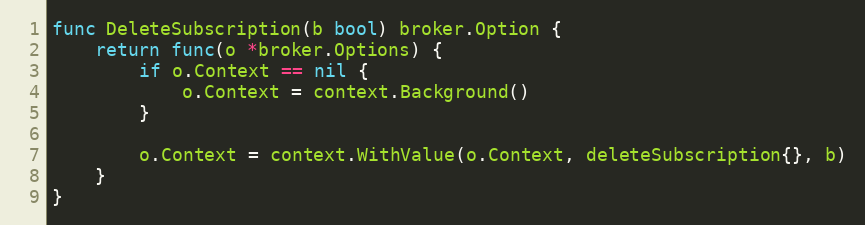
Language: Go
func DeleteSubscription(b bool) broker.Option {
	return func(o *broker.Options) {
		if o.Context == nil {
			o.Context = context.Background()
		}

		o.Context = context.WithValue(o.Context, deleteSubscription{}, b)
	}
}